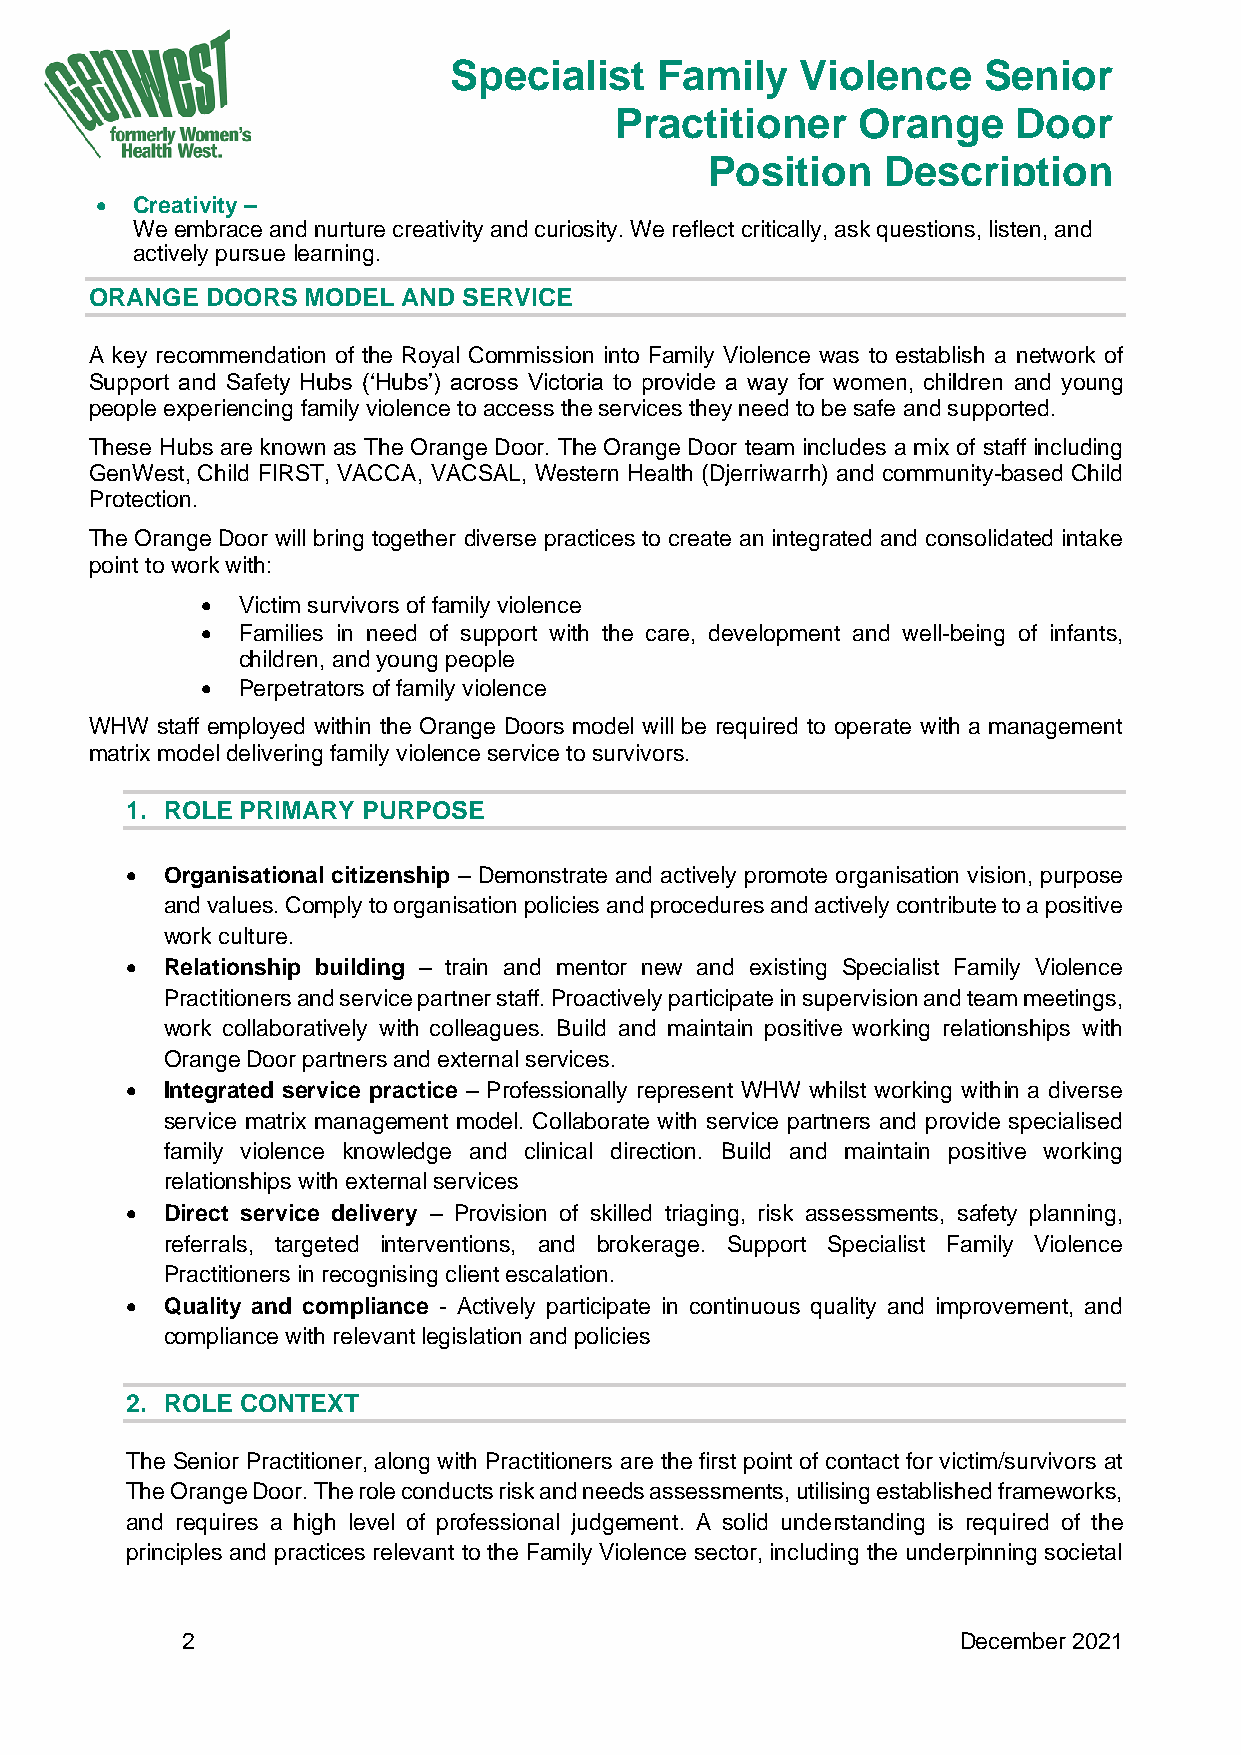
Specialist   Family    Violence    Senior
 Practitioner    Orange    Door
 Position   Description
 •  Creativity –
 We embrace and nurture creativity and curiosity. We reflect critically, ask questions, listen, and
 actively pursue l earning.
 ORANGE  DOORS MODEL  AND SERVICE
 A key recommendation of the Royal Commission into Family Violence was to establish a network of
 Support and Safety Hubs (‘Hubs’) across Victoria to provide a way for women, children and young
 people experiencing family violence to access the services they need to be safe and supported.
 These Hubs are known as The Orange Door. The Orange Door team includes a mix of staff including
 GenWest, Child FIRST, VACCA, VACSAL, Western Health (Djerriwarrh) and community-based Child
 Protection.
 The Orange Door will bring together diverse practices to create an integrated and consolidated intake
 point to work with:
 •  Victim survivors of family violence
 •  Families in need of support with the care, development and well-being of infants,
 children, and young people
 •  Perpetrators of family violence
 WHW staff employed within the Orange Doors model will be required to operate with a management
 matrix model delivering family violence service to survivors.
 1. ROLE PRIMARY PURPOSE
 •  Organisational citizenship – Demonstrate and actively promote organisation vision, purpose
 and values. Comply to organisation policies and procedures and actively contribute to a positive
 work culture.
 •  Relationship building – train and mentor new and existing Specialist Family Violence
 Practitioners and service partner staff. Proactively participate in supervision and team meetings,
 work collaboratively with colleagues. Build and maintain positive working relationships with
 Orange Door partners and external services.
 •  Integrated service practice – Professionally represent WHW whilst working within a diverse
 service matrix management model. Collaborate with service partners and provide specialised
 family violence knowledge and clinical direction. Build and maintain positive working
 relationships with external services
 •  Direct service delivery – Provision of skilled triaging, risk assessments, safety planning,
 referrals, targeted interventions, and brokerage. Support Specialist Family Violence
 Practitioners in recognising client escalation.
 •  Quality and compliance - Actively participate in continuous quality and improvement, and
 compliance with relevant legislation and policies
 2. ROLE CONTEXT
 The Senior Practitioner, along with Practitioners are the first point of contact for victim/survivors at
 The Orange Door. The role conducts risk and needs assessments, utilising established frameworks,
 and requires a high level of professional judgement. A solid understanding is required of the
 principles and practices relevant to the Family Violence sector, including the underpinning societal
 2                                                   December 2021